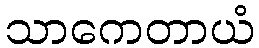
သာကေတာယံ